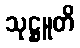
သုဋ္ဌူတိ